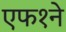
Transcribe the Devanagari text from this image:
एफ१ने